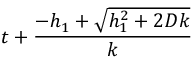
t + \frac { - h _ { 1 } + \sqrt { h _ { 1 } ^ { 2 } + 2 D k } } { k }